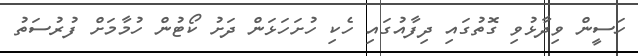
ހަސީން ވިދާޅުވި ގޮތުގައި ދިފާއުގައި ހެކި ހުށަހަޅަން ދަށު ކޯޓުން ހުމާމަށް ފުރުސަތު